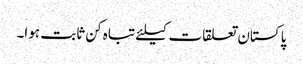
پاکستان تعلقات کیلئے تباہ کن ثابت ہوا۔